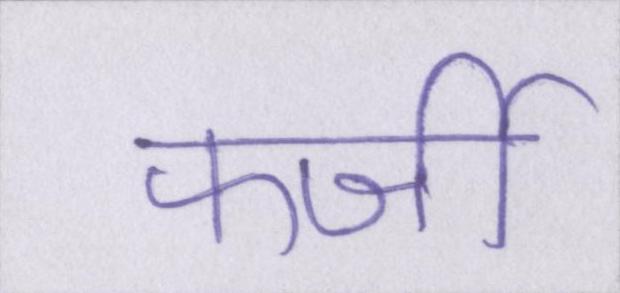
फर्जी